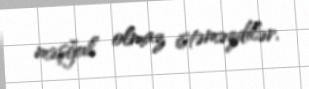
məşğul olmaz istəməzdilər.